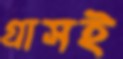
গ্রাসই